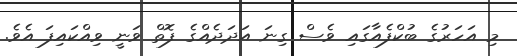
މި އަހަރުގެ ބުކްފެއާގައި ވެސް ގިނަ އަދަދެއްގެ ފޮތް ވަނީ ވިއްކައިފަ އެވެ.